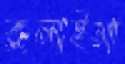
কুলাইয়া